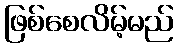
ဖြစ်စေလိမ့်မည်